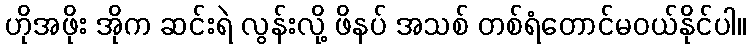
ဟိုအဖိုး အိုက ဆင်းရဲ လွန်းလို့ ဖိနပ် အသစ် တစ်ရံတောင်မဝယ်နိုင်ပါ။